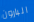
البارون